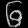
Digit: ၆